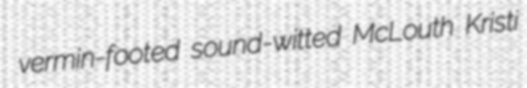
vermin-footed sound-witted McLouth Kristi